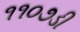
૧૧૦૭ડી